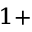
^ { 1 + }